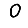
Digit: 0